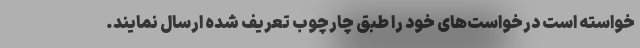
خواسته است درخواست‌های خود را طبق چارچوب تعریف شده ارسال نمایند.